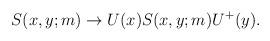
LaTeX: \begin{align*}S(x,y;m)\rightarrow U(x)S(x,y;m)U^{+}(y).\end{align*}